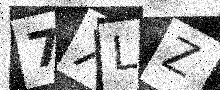
Text: 7XLZ